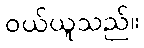
ဝယ်ယူသည်။